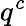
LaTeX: q^{c}